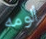
ألومه